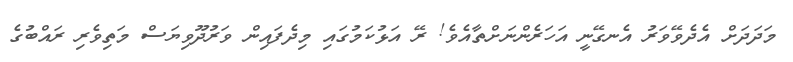
މަދަދަށް އެދެވޭވަރު އެނގޭނީ އަހަރެންނަށްތާއެވެ! ރޭ އަޅުކަމުގައި މިދެފައިން ވަރުދޫވިޔަސް މަތިވެރި ރައްބުގެ